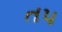
ત૫